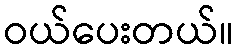
ဝယ်ပေးတယ်။